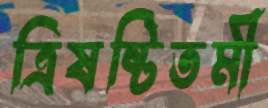
ত্রিষষ্টিতমী